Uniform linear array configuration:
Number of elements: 16
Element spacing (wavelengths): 0.75
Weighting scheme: binomial
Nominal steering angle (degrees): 15
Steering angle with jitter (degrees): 16.203
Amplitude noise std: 0.05
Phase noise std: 0.05

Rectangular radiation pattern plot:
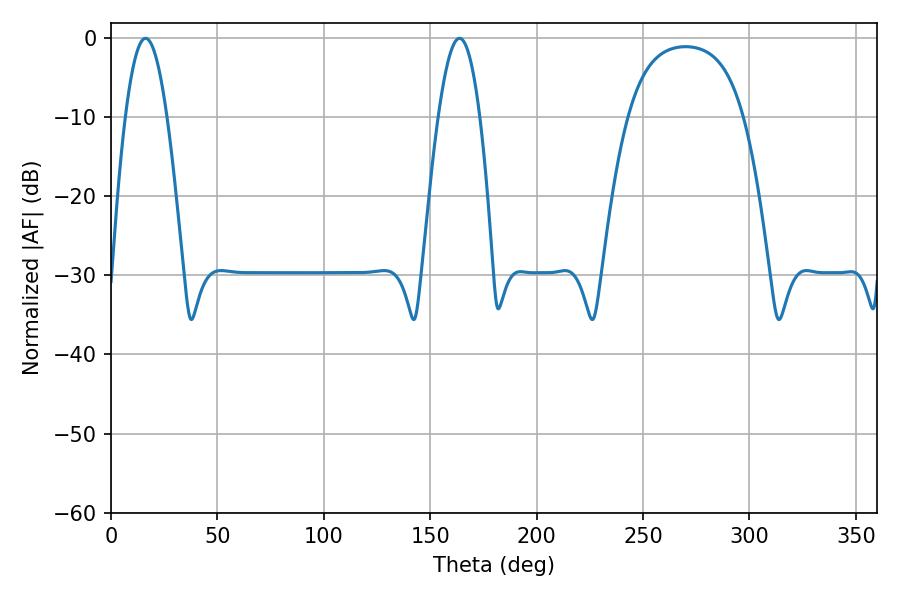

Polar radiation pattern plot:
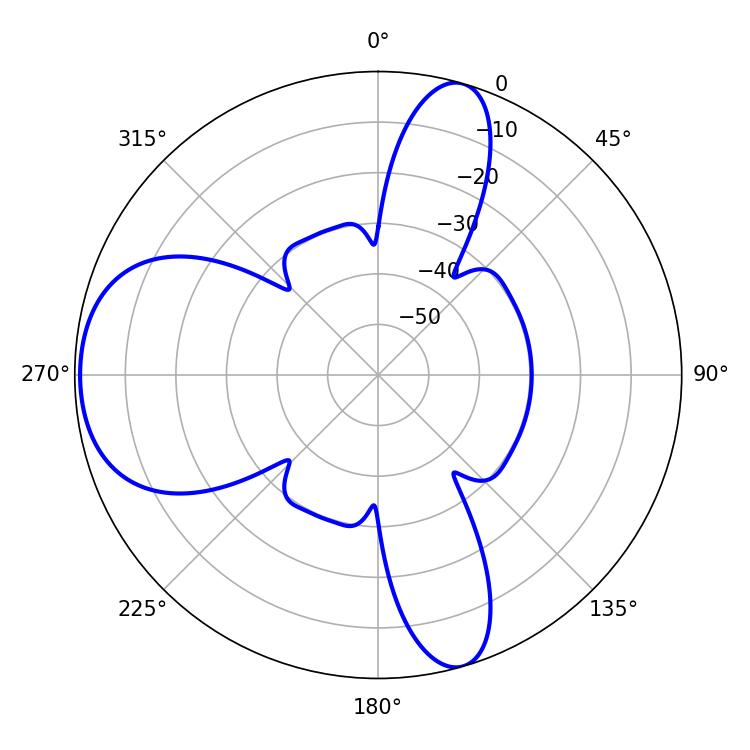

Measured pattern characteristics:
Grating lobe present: TRUE
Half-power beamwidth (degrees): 10.62
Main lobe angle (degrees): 16.2